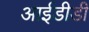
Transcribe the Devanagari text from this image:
आईडीडी